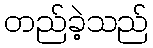
တည်ခဲ့သည်